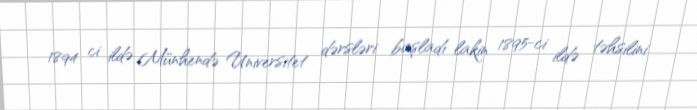
1894 ci ildə Münhendə Universitet dərsləri başladı lakin 1895-ci ildə təhsilini